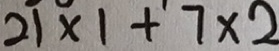
2 1 \times 1 + 7 \times 2